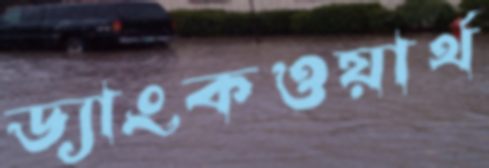
ড্যাংকওয়ার্থ